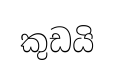
කුඩයි